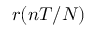
r ( n T / N )